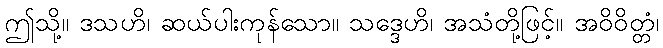
ဤသို့။ ဒသဟိ၊ ဆယ်ပါးကုန်သော။ သဒ္ဒေဟိ၊ အသံတို့ဖြင့်။ အဝိဝိတ္တံ၊